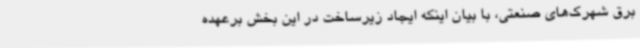
برق شهرک‌های صنعتی، با بیان اینکه ایجاد زیرساخت در این بخش برعهده